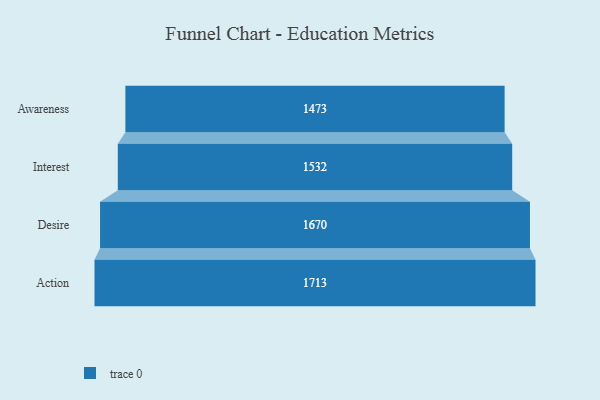
{"axis": {"x": "Stage", "y": "Value"}, "legend": [""], "data": [{"x": "Awareness", "y": 1473.0, "type": ""}, {"x": "Interest", "y": 1532.0, "type": ""}, {"x": "Desire", "y": 1670.0, "type": ""}, {"x": "Action", "y": 1713.0, "type": ""}]}